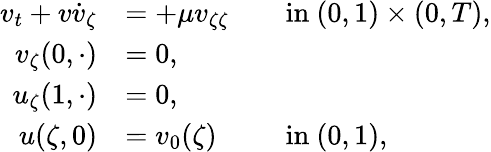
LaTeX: \begin{array}{rlrl}{v_{t}+v\dot{v}_{\zeta}}&{=+\mu v_{\zeta\zeta}}&&{\mathrm{in}~(0,1)\times(0,T),}\\ {v_{\zeta}(0,\cdot)}&{=0,}&&{}\\ {u_{\zeta}(1,\cdot)}&{=0,}&&{}\\ {u(\zeta,0)}&{=v_{0}(\zeta)}&&{\mathrm{in}~(0,1),}\end{array}